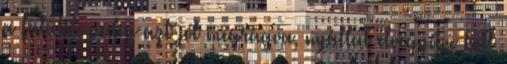
a falatot, pedig azt jól megrágva, nyállal elvegyítve kell